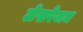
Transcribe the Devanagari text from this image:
लेसरेजन